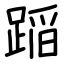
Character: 𨂻